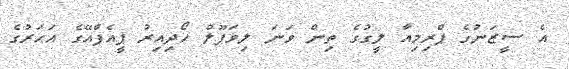
އެ ސީޒަނުގެ ޕްރިމިއާ ލީގުގެ ތިން ވަނަ ލިވަޕޫލް ހޯދިއިރު ޕީއެފްއޭގެ އަހަރުގެ